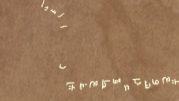
بيع وشراء قطع غيار السيار